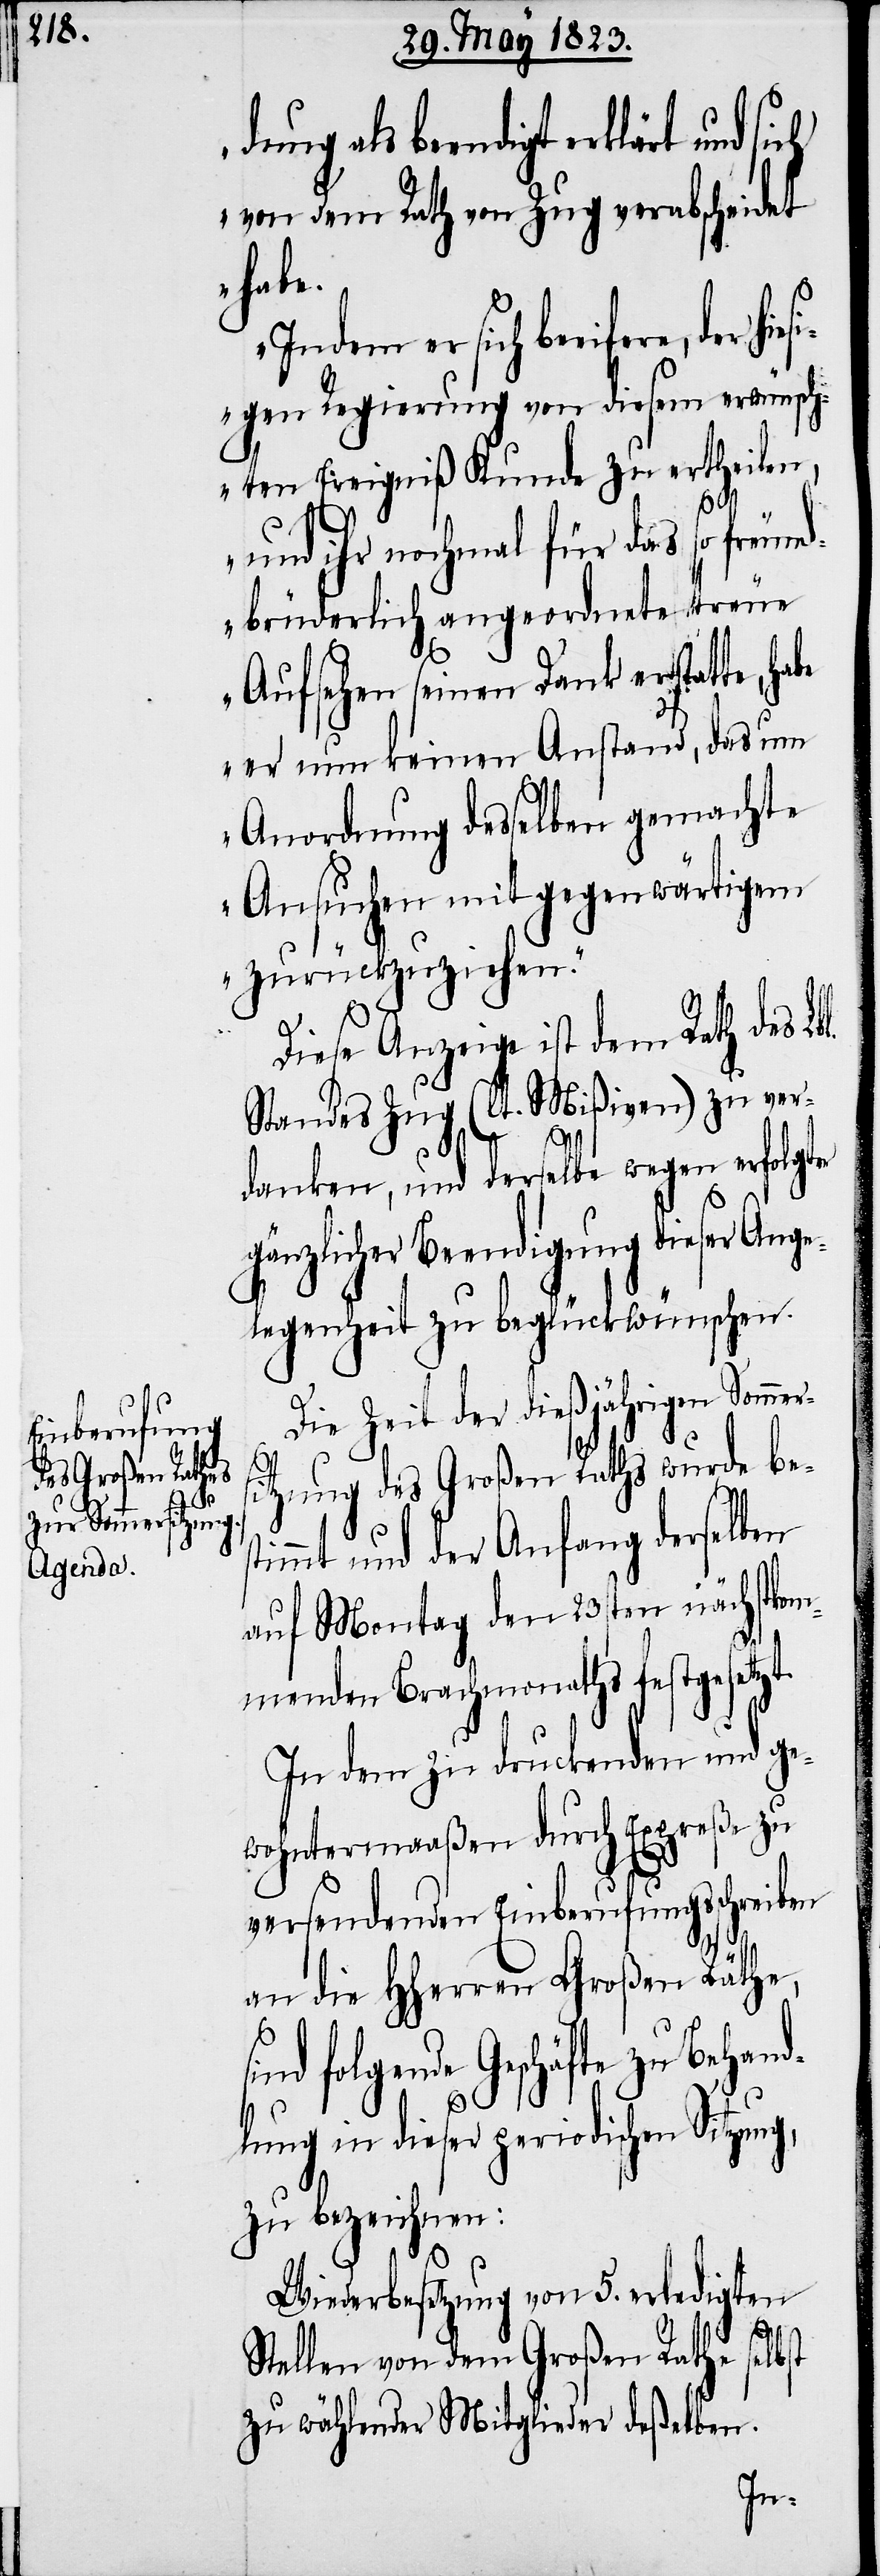
st¬

dung als beendigt erklärt und
von dem Rath von Zug verabscheidet
habe.
Indem er sich beeifere, der
sigen Regierung von diesem erwünsch¬
ten Ereigniß Kunde zu ertheilen,
und ihr nochmal für das so freund¬
brüderlich angeordnete treue
mers¬
Aufsehen seinen Dank erstatte, ha¬
be er nun keinen Anstand, das um
Anordnung desselben gemachte
Ansuchen mit gegenwärtigem
zurückzuziehen.“
Diese Anzeige ist dem Rath des Lb¬
Standes Zug (lt. Mißiven) zu ver¬
danken, und derselbe wegen erfolgter
gänzlicher Beendigung dieser Ange¬
legenheit zu beglückwünschen.
Die Zeit der dießjährigen Som¬
itzung des Großen Raths wurde be¬
immt und der Anfang derselben
auf Montag den 23sten nächstkom¬
menden Brachmonaths festgesetzt.
In dem zu druckenden und ge¬
wohntermaaßen durch Expreße zu
versendenden Einberufungsschreiben
an die Hherren Großen Räthe,
s¬
ind folgende Geschäfte zu Behand¬
g,
lung in dieser periodischen Sitzun¬
zu bezeichnen:
Wiederbesetzung von 5. erledigten
Stellen von dem Großen Rathe selbst
zu wählender Mitglieder deßelben.
hie¬